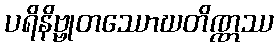
ပရိနိဗ္ဗုတဿောဃတိဏ္ဏဿ